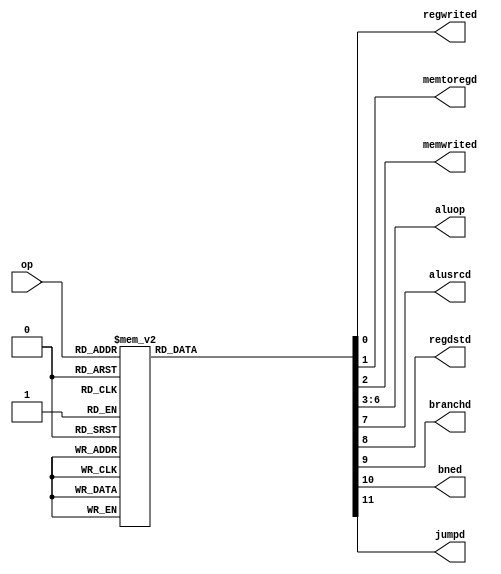
module pipelinedec(op, regwrited, memtoregd, memwrited, aluop, alusrcd, regdstd, branchd, bned, jumpd);
  input [5:0] op;
  output  reg memtoregd, regwrited, memwrited;
  output  reg [3:0] aluop;
  output  reg alusrcd, regdstd, branchd, bned, jumpd;
  
  reg [11:0] controls;


  // Opcodes
  parameter LW    = 6'b100011;  // Opcode for lw
  parameter SW    = 6'b101011;  // Opcode for sw
  parameter RTYPE = 6'b000000;  // Opcode for R-type
  parameter BEQ   = 6'b000100;  // Opcode for beq
  parameter BNE   = 6'b000101;  // Opcode for bne
  parameter ADDI  = 6'b001000;  // Opcode for addi
  parameter ADDIU = 6'b001001;  // Opcode for addiu
  parameter ANDI  = 6'b001100;  // Opcode for andi
  parameter ORI   = 6'b001101;  // Opcode for ori
  parameter XORI  = 6'b001110;  // Opcode for xori
  parameter SLTI  = 6'b001010;  // Opcode for slti
  parameter SLTIU = 6'b001011;  // Opcode for sltiu
  parameter J     = 6'b000010;  // Opcode for j

  initial begin
		regwrited = 1'b0;
                memtoregd = 1'b0;
                memwrited = 1'b0;
		aluop     = 4'b0000;
                alusrcd   = 1'b0;
		regdstd   = 1'b0;
		branchd   = 1'b0;
		bned      = 1'b0;
		jumpd     = 1'b0;
          end
      

  // Pipeline Controller
  //assign {regwrited, memtoregd, memwrited, aluop, alusrcd, regdstd, branchd, bned, jumpd} = controls;
  
  always @(op) begin
    case (op)
      LW: begin
		regwrited = 1'b1;
                memtoregd = 1'b1;
                memwrited = 1'b0;
		aluop     = 4'b0000;
                alusrcd   = 1'b1;
		regdstd   = 1'b0;
		branchd   = 1'b0;
		bned      = 1'b0;
		jumpd     = 1'b0;
          end

      SW: begin
		regwrited = 1'b0;
                memtoregd = 1'b0;
                memwrited = 1'b1;
		aluop     = 4'b0000;
                alusrcd   = 1'b1;
		regdstd   = 1'b0;
		branchd   = 1'b0;
		bned      = 1'b0;
		jumpd     = 1'b0;
          end
      
      RTYPE: begin
		regwrited = 1'b1;
                memtoregd = 1'b0;
                memwrited = 1'b0;
		aluop     = 4'b0010;
                alusrcd   = 1'b0;
		regdstd   = 1'b1;
		branchd   = 1'b0;
		bned      = 1'b0;
		jumpd     = 1'b0;
          end
      BEQ: begin
		regwrited = 1'b0;
                memtoregd = 1'b0;
                memwrited = 1'b0;
		aluop     = 4'b0001;
                alusrcd   = 1'b0;
		regdstd   = 1'b0;
		branchd   = 1'b1;
		bned      = 1'b0;
		jumpd     = 1'b0;
          end
      BNE: begin
		regwrited = 1'b0;
                memtoregd = 1'b0;
                memwrited = 1'b0;
		aluop     = 4'b0001;
                alusrcd   = 1'b0;
		regdstd   = 1'b0;
		branchd   = 1'b0;
		bned      = 1'b1;
		jumpd     = 1'b0;
          end
      ADDI: begin
		regwrited = 1'b1;
                memtoregd = 1'b0;
                memwrited = 1'b0;
		aluop     = 4'b0000;
                alusrcd   = 1'b1;
		regdstd   = 1'b0;
		branchd   = 1'b0;
		bned      = 1'b0;
		jumpd     = 1'b0;
          end
      ADDIU: begin
		regwrited = 1'b1;
                memtoregd = 1'b0;
                memwrited = 1'b0;
		aluop     = 4'b0111;
                alusrcd   = 1'b1;
		regdstd   = 1'b0;
		branchd   = 1'b0;
		bned      = 1'b0;
		jumpd     = 1'b0;
          end
      ANDI: begin
		regwrited = 1'b1;
                memtoregd = 1'b0;
                memwrited = 1'b0;
		aluop     = 4'b0100;
                alusrcd   = 1'b1;
		regdstd   = 1'b0;
		branchd   = 1'b0;
		bned      = 1'b0;
		jumpd     = 1'b0;
          end
      ORI: begin
		regwrited = 1'b1;
                memtoregd = 1'b0;
                memwrited = 1'b0;
		aluop     = 4'b0011;
                alusrcd   = 1'b1;
		regdstd   = 1'b0;
		branchd   = 1'b0;
		bned      = 1'b0;
		jumpd     = 1'b0;
          end
      XORI: begin
		regwrited = 1'b1;
                memtoregd = 1'b0;
                memwrited = 1'b0;
		aluop     = 4'b0101;
                alusrcd   = 1'b1;
		regdstd   = 1'b0;
		branchd   = 1'b0;
		bned      = 1'b0;
		jumpd     = 1'b0;
          end
      SLTI: begin
		regwrited = 1'b1;
                memtoregd = 1'b0;
                memwrited = 1'b0;
		aluop     = 4'b0110;
                alusrcd   = 1'b1;
		regdstd   = 1'b0;
		branchd   = 1'b0;
		bned      = 1'b0;
		jumpd     = 1'b0;
          end
      SLTIU: begin
		regwrited = 1'b1;
                memtoregd = 1'b0;
                memwrited = 1'b0;
		aluop     = 4'b1000;
                alusrcd   = 1'b1;
		regdstd   = 1'b0;
		branchd   = 1'b0;
		bned      = 1'b0;
		jumpd     = 1'b0;
          end
      J: begin
		regwrited = 1'b0;
                memtoregd = 1'b0;
                memwrited = 1'b0;
		aluop     = 4'b0000;
                alusrcd   = 1'b0;
		regdstd   = 1'b0;
		branchd   = 1'b0;
		bned      = 1'b0;
		jumpd     = 1'b1;
          end
      default: begin
		regwrited = 1'bx;
                memtoregd = 1'bx;
                memwrited = 1'bx;
		aluop     = 4'bxxxx;
                alusrcd   = 1'bx;
		regdstd   = 1'bx;
		branchd   = 1'bx;
		bned      = 1'bx;
		jumpd     = 1'bx;
          end
      /*LW:       controls <= 12'b110000010000;
      SW:       controls <= 12'b001000010000;
      RTYPE:    controls <= 12'b100001001000;
      BEQ:      controls <= 12'b000000100100;
      BNE:      controls <= 12'b000000100010;
      ADDI:     controls <= 12'b100000010000;
      ADDIU:    controls <= 12'b100011110000;
      ANDI:     controls <= 12'b100010010000;
      ORI:      controls <= 12'b100001110000;
      XORI:     controls <= 12'b100010110000;
      SLTI:     controls <= 12'b100011010000;
      SLTIU:    controls <= 12'b100100010000;
      J:        controls <= 12'b000000000001;
      default:  controls <= 12'bxxxxxxxxxxxx;*/
    endcase
  end

endmodule